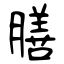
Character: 膳